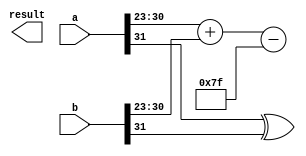
module FP_Wallace_Tree_Multiplier (
    input [31:0] a,  // First floating-point number (IEEE 754)
    input [31:0] b,  // Second floating-point number (IEEE 754)
    output reg [31:0] result  // Resulting floating-point number
);
    // Constants
    parameter EXPONENT_BIAS = 127;
    parameter SIGNIFICAND_BITS = 23;

    // Extract sign, exponent and significand
    wire sign_a = a[31];
    wire sign_b = b[31];
    wire [7:0] exp_a = a[30:23];
    wire [7:0] exp_b = b[30:23];
    wire [22:0] sig_a = {1'b1, a[22:0]}; // Include implicit leading 1
    wire [22:0] sig_b = {1'b1, b[22:0]}; // Include implicit leading 1

    // Sign calculation
    wire sign_result = sign_a ^ sign_b;

    // Exponent calculation
    wire [8:0] exp_sum = {1'b0, exp_a} + {1'b0, exp_b} - EXPONENT_BIAS; // Remove bias
    wire [7:0] exp_result = exp_sum[7:0]; // Keep only the lower 8 bits

    // Partial product generation
    wire [46:0] partial_products [0:22]; // 23 significand bits
    genvar i, j;
    generate
        for (i = 0; i < 23; i = i + 1) begin : gen_partial_products
            assign partial_products[i] = sig_a & {23'b0, sig_b[i]};
        end
    endgenerate

    // Wallace tree reduction
    wire [46:0] sum [0:22];
    wire [22:0] carry [0:22];
    
    // Stage 1: Full adders and half adders
    // Example for the first few bits, extend as needed
    assign {carry[0][0], sum[0][0]} = partial_products[0][0] + partial_products[1][0] + partial_products[2][0];
    assign {carry[0][1], sum[0][1]} = partial_products[0][1] + partial_products[1][1] + partial_products[2][1];
    // Continue for all bits...

    // Additional stages of reduction would follow a similar pattern
    // Continue to reduce until you reach a single sum and carry
    wire [46:0] final_sum; // Final sum from Wallace tree
    wire final_carry; // Final carry from Wallace tree

    // Normalization
    wire [46:0] normalized_sig;
    wire [7:0] adjusted_exp;

    // Normalize the result
    // Shift left until the leading 1 is in the right position
    // Adjust the exponent accordingly
    // Implement normalization logic...

    // Rounding logic
    // Implement rounding logic to handle cases where the significand exceeds precision...

    // Assemble final result
    always @(*) begin
        // Combine sign, exponent, and significand into result
        result[31] = sign_result;
        result[30:23] = exp_result; // Adjusted exponent
        result[22:0] = normalized_sig[22:0]; // Final significand
    end

endmodule